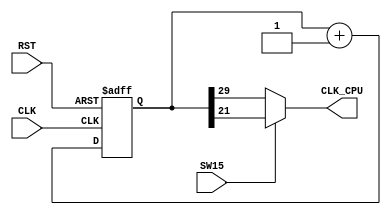
//`timescale 1ns / 1ps
module clk_div (
    input CLK,
    input RST,
    input SW15,
    output CLK_CPU
);

// Clock divider

    reg[31:0]clkdiv;

    always @ (posedge CLK or posedge RST)
        begin
            if (RST)
                clkdiv <= 0;
            else
                clkdiv <= clkdiv + 1'b1;
        end

    // SW=1 => T=5.36s
    // SW=1 => T=0.02s
    assign CLK_CPU=(SW15)?clkdiv[21]:clkdiv[29];

endmodule